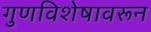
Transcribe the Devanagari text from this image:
गुणविशेषावरून